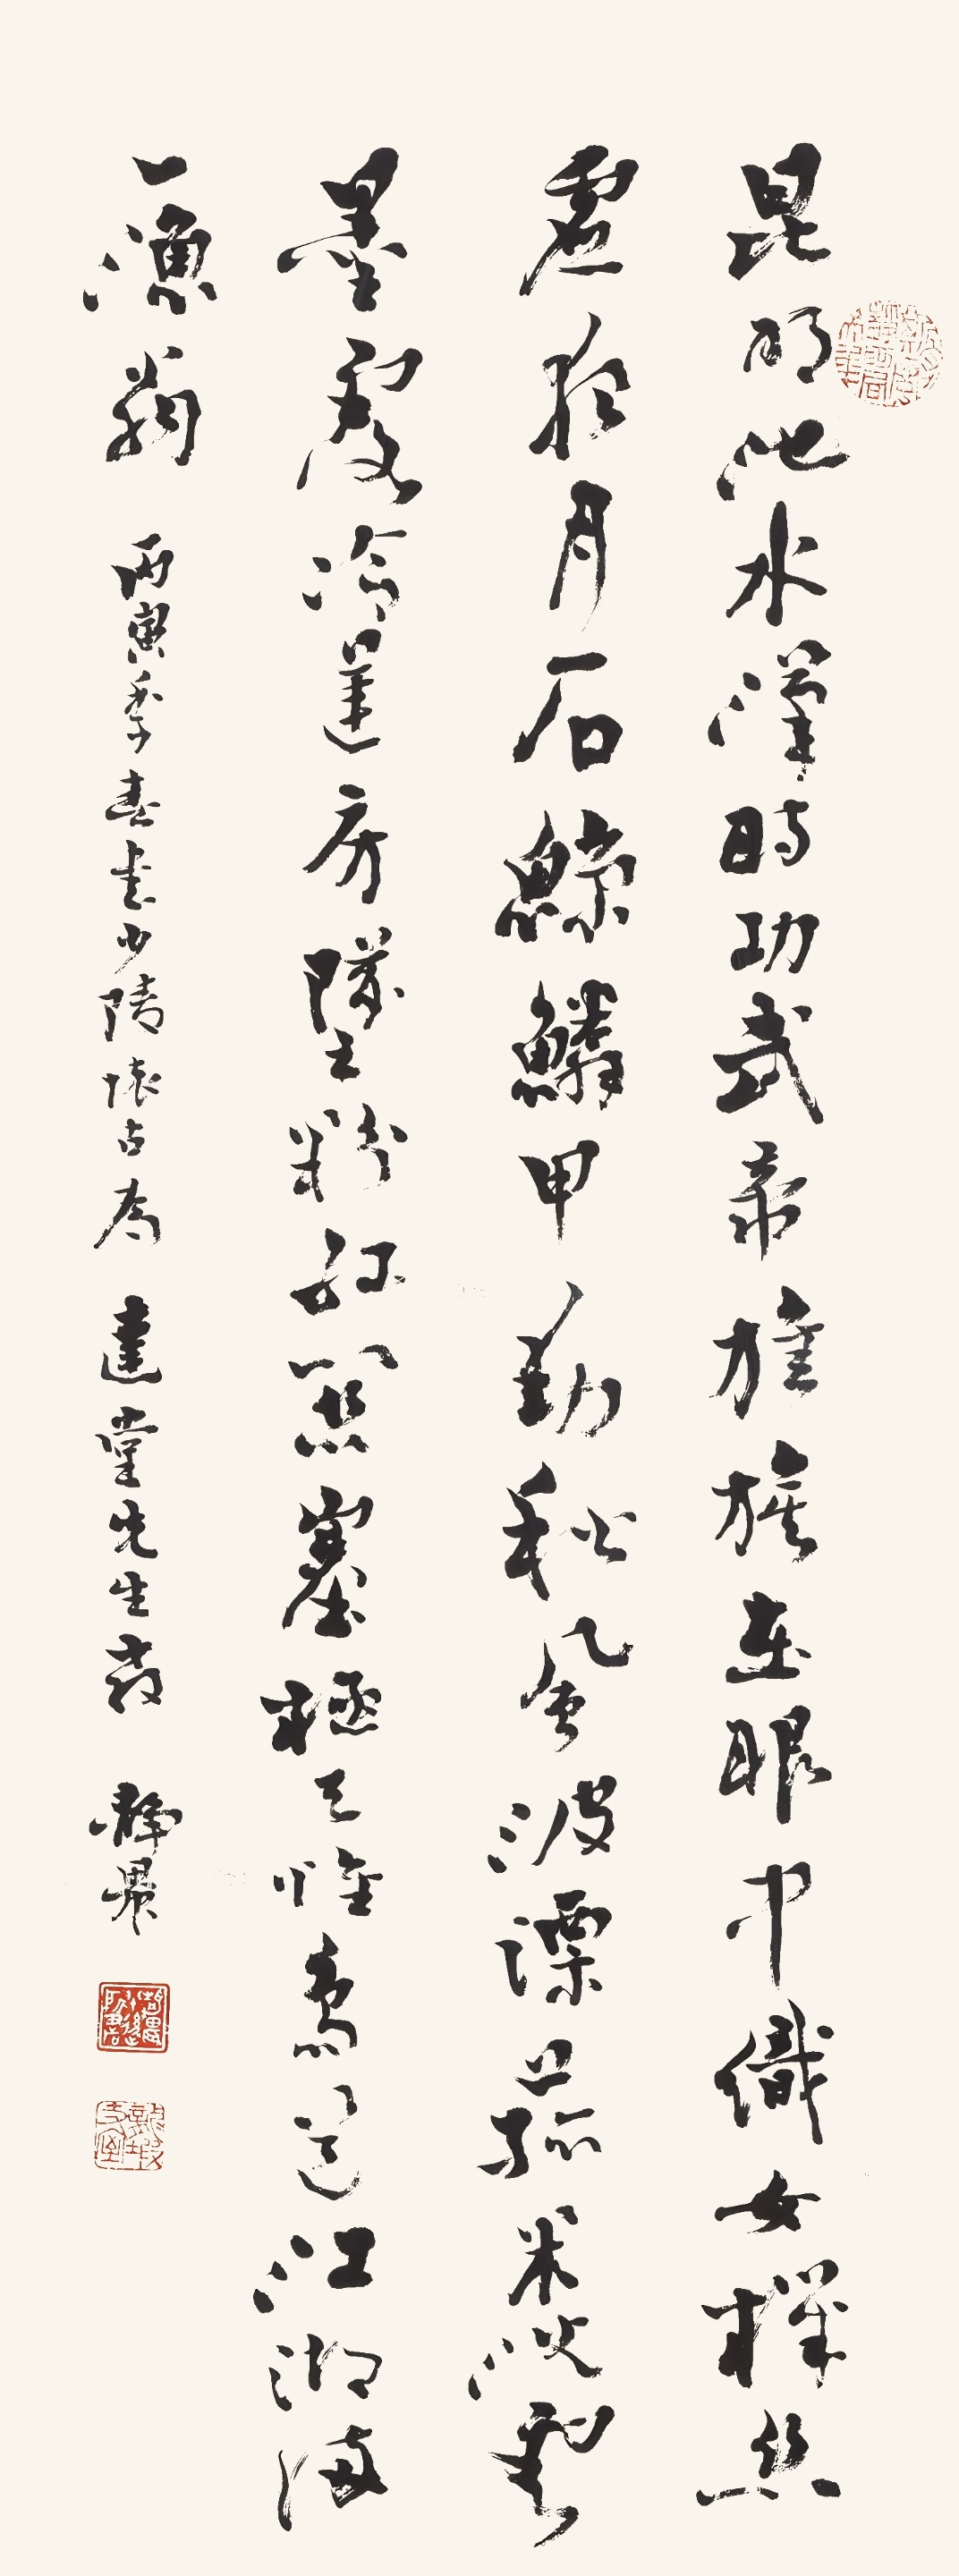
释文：昆明池水汉时功，武帝旌旗在眼中。织女机丝虚月夜，石鲸鳞甲动秋风。波漂菰米沈云黑，露冷莲房坠粉红。关塞极天唯鸟道，江湖满地一渔翁。丙寅季春，书少陵怀古，为达堂先生教。静农。